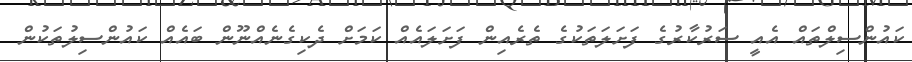
ކައުންސިލްތައް އެއީ ސަރުކާރުގެ ފަށަލަތަކުގެ ތެރެއިން ފަށަލައެއް ކަމަށް ދެކިގެނެއްނޫން ބައެއް ކައުންސިލުތަކުން